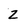
Character: Z